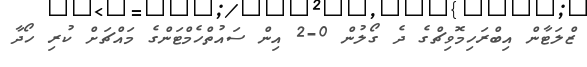
ޒްލަޓާން އިބްރަހިމޮވިޗްގެ ދެ ގޯލުން 0-2 އިން ސައުތްހެމްޓަންގެ މައްޗަށް ކުރި ހޯދާ